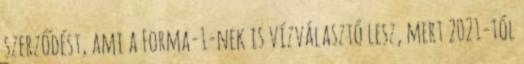
szerződést, ami a Forma-1-nek is vízválasztó lesz, mert 2021-tól